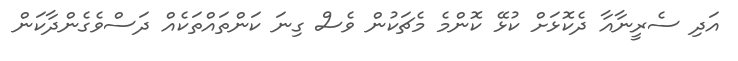
އަދި ސެރީނާއާ ދެކޮޅަށް ކުޅޭ ކޮންމެ މެޗަކުން ވެސް ގިނަ ކަންތައްތަކެއް ދަސްވެގެންދާކަން